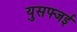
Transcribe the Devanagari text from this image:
युसफ्जई